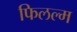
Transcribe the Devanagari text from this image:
फिलल्म